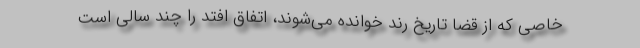
خاصی که از قضا تاریخ رُند خوانده می‌شوند، اتفاق افتد را چند سالی است